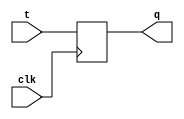
module t_latch(
    input t,
    input clk,
    output reg q
);

always @(posedge clk) begin
    q <= t;
end

endmodule